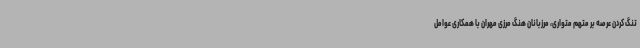
تنگ کردن عرصه بر متهم متواری، مرزبانان هنگ مرزی مهران با همکاری عوامل